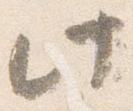
此